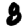
Digit: 8